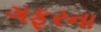
ગફૂરના